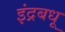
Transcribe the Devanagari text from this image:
इंद्रबधू